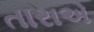
તારાએ